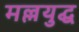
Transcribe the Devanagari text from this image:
मल्लयुद्घ